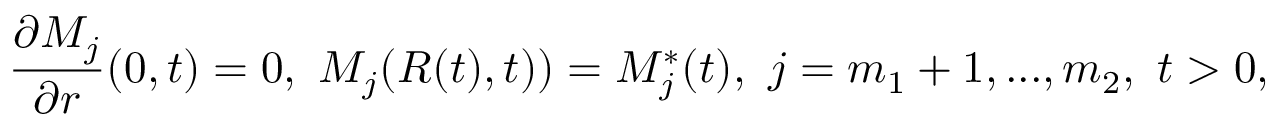
\frac { \partial M _ { j } } { \partial r } ( 0 , t ) = 0 , \ M _ { j } ( R ( t ) , t ) ) = M _ { j } ^ { * } ( t ) , \ j = m _ { 1 } + 1 , . . . , m _ { 2 } , \ t > 0 ,